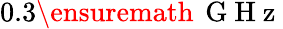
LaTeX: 0.3\ensuremath{\, \mathrm{~G~H~z~}}